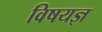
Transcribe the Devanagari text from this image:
विषयज्ञ